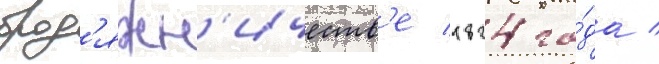
брод'яжн'ичеств'е 1824 го́да /